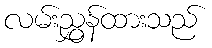
လမ်းညွှန်ထားသည်